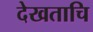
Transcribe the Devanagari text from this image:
देखताचि